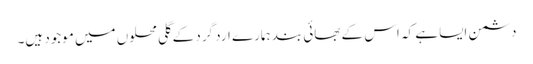
دشمن ایسا ہے کہ اس کے بھائی بند ہمارے ارد گرد کے گلی محلوں میں موجود ہیں۔